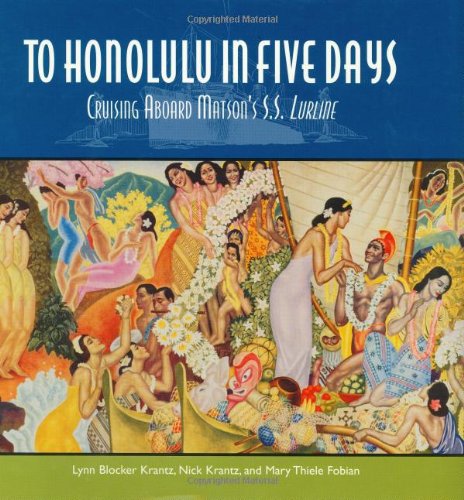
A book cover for To Honolulu In Five Days: Cruising Aboard Matson's S.S. Lurline; Lynn Blocker Krantz; Travel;